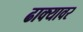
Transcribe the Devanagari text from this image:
ढाक्यावर